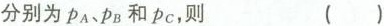
分别为\rho _{A}、\rho _{B}和\rho _{C}，则 ()